Annual report on the Civil Veterinary Department, Burma (including the Insein Veterinary School) - 1932-1941
Year: 1932
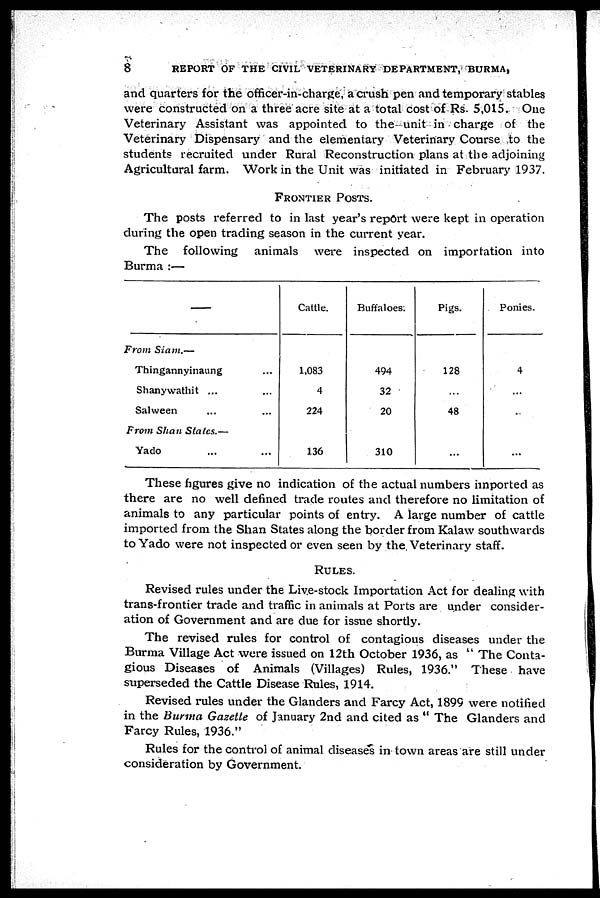
8
REPORT OF THE CIVIL VETERINARY DEPARTMENT, BURMA,
and quarters for the officer-in-charge, a crush pen and temporary stables
were constructed on a three acre site at a total cost of Rs. 5,015. One
Veterinary Assistant was appointed to the unit in charge of the
Veterinary Dispensary and the elementary Veterinary Course to the
students recruited under Rural Reconstruction plans at the adjoining
Agricultural farm. Work in the Unit was initiated in February 1937.
FRONTIRE POSTS.
The posts referred to in last year's report were kept in operation
during the open trading season in the current year.
The following animals were inspected on importation into
Burma :—
—
From Siam.—
Thingannyinaung ...
Shanywathit ... ...
Salween ... ...
From Shan States.—
Yado ... ...
Cattle.
1,083
4
224
136
Buffaloes.
494
32
20
310
Pigs.
128
...
48
...
Ponies.
4
...
.
...
These figures give no indication of the actual numbers imported as
there are no well defined trade routes and therefore no limitation of
animals to any particular points of entry. A large number of cattle
imported from the Shan States along the border from Kalaw southwards
to Yado were not inspected or even seen by the Veterinary staff.
RULES.
Revised rules under the Live-stock Importation Act for dealing with
trans-frontier trade and traffic in animals at Ports are under consider-
ation of Government and are due for issue shortly.
The revised rules for control of contagious diseases under the
Burma Village Act were issued on 12th October 1936, as " The Conta-
gious Diseases of Animals (Villages) Rules, 1936." These have
superseded the Cattle Disease Rules, 1914.
Revised rules under the Glanders and Farcy Act, 1899 were notified
in the Burma Gazette of January 2nd and cited as " The Glanders and
Farcy Rules, 1936."
Rules for the control of animal diseases in town areas are still under
consideration by Government.